Vaccination in Burma 1900-1911 - 1900-1911
Year: 1900
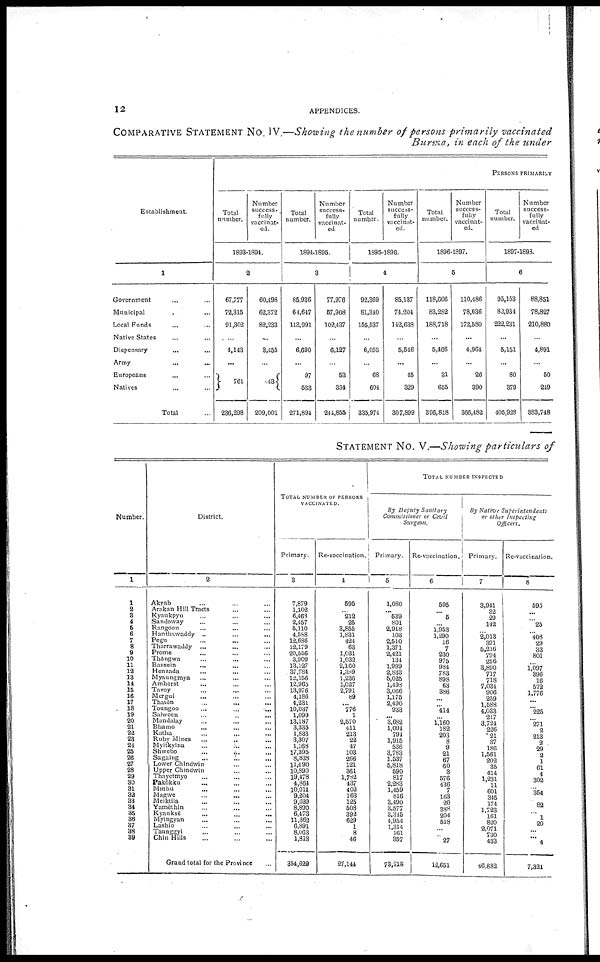
12
APPENDICES.
COMPARATIVE STATEMENT No. IV.—Showing the number of persons primarily vaccinated
Burma, in each of the under
Establishment.
1
Government...
Municipal...
Local Funds ...
Native States...
Dispensary...
Army...
Europeans...
Natives...
Total...
PERSONS PRIMARILY
Total
number.
Number
success-
fully
vaccinat-
ed.
1893-1894.
2
67,777
72,315
91,302
...
4,143
...
761
236,298
60,498
62,372
82,233
...
3,455
...
43
209,001
Total
number.
Number
success-
fully
vaccinat-
ed
1894-1895.
3
85,936
64,647
118,991
...
6,690
...
97
533
271,894
77,976
57,908
102,437
...
6,127
...
53
354
244,855
Total
number.
Number
success-
fully
vaccinat-
ed.
1895-1896.
4
92,369
81,340
155,537
...
6,056
...
68
604
335,974
85,137
74,204
142,638
...
5,546
...
45
329
307,899
Total
number.
Number
success-
fully
vaccinat-
ed.
1896-1897.
5
118,666
83,282
188,718
...
5,466
...
31
655
396,818
110,486
78,036
172,580
...
4,964
...
26
390
366,482
Total
number.
Number
success-
fully
vaccinat-
ed
1897-1898.
6
95,153
82,934
222,231
...
5,151
...
80
379
405,928
88,851
78,827
210,880
...
4,891
...
50
249
383,748
STATEMENT No. V.—Showing particulars of
Number.
1
1
2 3
4
5
6
7
8
9
10
11
12
13
14
15
16
17
18
19
20
21
22
23
24
25
26
27
28
29
30
31
32
33
34
35
36
37
38
39
District.
2
Akyab... ...
Arakan Hill Tracts... ... ...
Kyaukpyu... ... ...
Sandoway... ... ...
Rangoon...
...
...
Hanthawaddy ... ... ...
Pegu... ... ...
Tharrawaddy...
...
...
Prome... ... ...
Thôngwa
...
...
...
Bassein... ... ...
Henzada ... ... ...
Myaungmya... ... ...
Amherst... ... ...
Tavoy... ... ...
Mergui... ... ...
Thaiôn... ... ...
Toungoo...
...
...
Salween... ... ...
Mandalay... ... ...
Bhamo... ... ...
Katha... ... ...
Ruby Mines
...
...
...
Myitkyina...
...
...
Shwebo...
...
...
Sagaing...
...
...
Lower Chindwin... ... ...
Upper Chindwin... ... ...
Thayetmyo... ... ...
Pakôkku... ... ...
Minbu... ... ...
Magwe... ... ...
Meiktila... ... ...
Yamèthin ... ... ...
Kyanksè
...
...
...
Myingyan... ...
Lashio... ...
Taunggyi... ...
Chin Hills... ...
Grand total for the Province
...
TOTAL NUMBER OF PERSONS
VACCINATED.
Primary.
3
7,879
1,102
6,468
2,457
5,110
4,588
12,686
12,179
20,556
3,909
13,127
37,784
12,156
12,965
13,976
4,186
4,231
10,037
1,099
13,187
3,335
1,833
3,307
1,168
17,395
8,838
11,490
10,890
19,478
4,864
10,014
9,204
9,639
8,890
6,473
11,362
6,891
8,063
1,813
354,629
Re-vaccination.
4
595
...
212
25
3,855
1,831
424
63
1,031
1,032
2,160
1,389
1,236
1,027
2,791
89
... 776
1
2,570
411
213
22
47
103
266
121
361
1,782
437
402
163
125
508
392
629
1
8
46
27,144
TOTAL NUMBER INSPECTED
By Deputy Sanitary
Commissioner or Civil
Surgeon.
Primary.
5
1,080
... 539
801
2,918
103
2,510
1,371
2,421
134
1,999
2,833
5,025
1,498
3,066
1,175
2,490
933
... 3,682
1,094
794
1,915
536
3,783
1,537
5,818
590
817
2,283
1,459
816
3,490
3,577
3,345
4,954
1,314
161
357
73,218
Re-vaccination.
6
595
...
5
...
1,953
1,290
16
7
230
975
984
783
898
63
386
...
...
414
...
1,160
182
203
8
9
21
67
60
3
576
436
7
163
20
388
204
518
...
...
27
12,651
By Native
Superintendents
or other Inspecting
Officers.
Primary.
7
3,941
32
29
142
...
2,013
391
5,216
794
256
3,890
717
718
7,034
906
259
1,588
4,033
217
3,724
226
21
37
186
1,561
202
35
414
1,231
11
601
345
174
1,723
161
820
2,071
730
433
46,882
Re-vaccination.
8
595
...
...
25
...
408
29
33
801
...
1,097
396
16
572
1,776
...
...
225
...
271
2 ...
...
...
...
...
...
...
...
...
...
...
...
...
...
20 ...
...
4
7,321